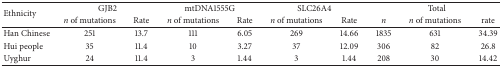
<table><thead><tr><td rowspan="2"><b>Ethnicity</b></td><td colspan="2"><b>GJB2</b></td><td colspan="2"><b>mtDNA1555G</b></td><td colspan="2"><b>SLC26A4</b></td><td colspan="3"><b>Total</b></td></tr><tr><td><b><i>n</i> of mutations</b></td><td><b>Rate</b></td><td><b><i>n</i> of mutations</b></td><td><b>Rate</b></td><td><b><i>n</i> of mutations</b></td><td><b>Rate</b></td><td><b><i>n </i></b></td><td><b><i>n</i> of mutations</b></td><td><b>rate</b></td></tr></thead><tbody><tr><td>Han Chinese</td><td>251</td><td>13.7</td><td>111</td><td>6.05</td><td>269</td><td>14.66</td><td>1835</td><td>631</td><td>34.39</td></tr><tr><td>Hui people</td><td>35</td><td>11.4</td><td>10</td><td>3.27</td><td>37</td><td>12.09</td><td>306</td><td>82</td><td>26.8</td></tr><tr><td>Uyghur</td><td>24</td><td>11.4</td><td>3</td><td>1.44</td><td>3</td><td>1.44</td><td>208</td><td>30</td><td>14.42</td></tr></tbody></table>